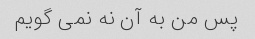
پس من به آن نه نمی گویم